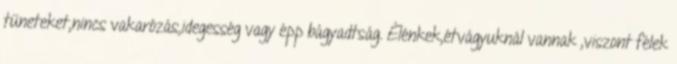
tüneteket,nincs vakarózás,idegesség vagy épp bágyadtság. Élénkek,étvágyuknál vannak ,viszont félek